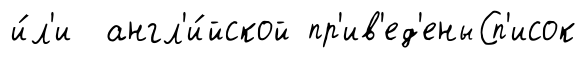
и́л'и англ'и́йской пр'ив'ед'еныСп'исок